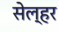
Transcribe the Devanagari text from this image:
सेल्हर